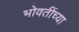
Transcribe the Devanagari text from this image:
भोवतींच्या